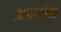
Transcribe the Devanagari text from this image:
अग्रमीन